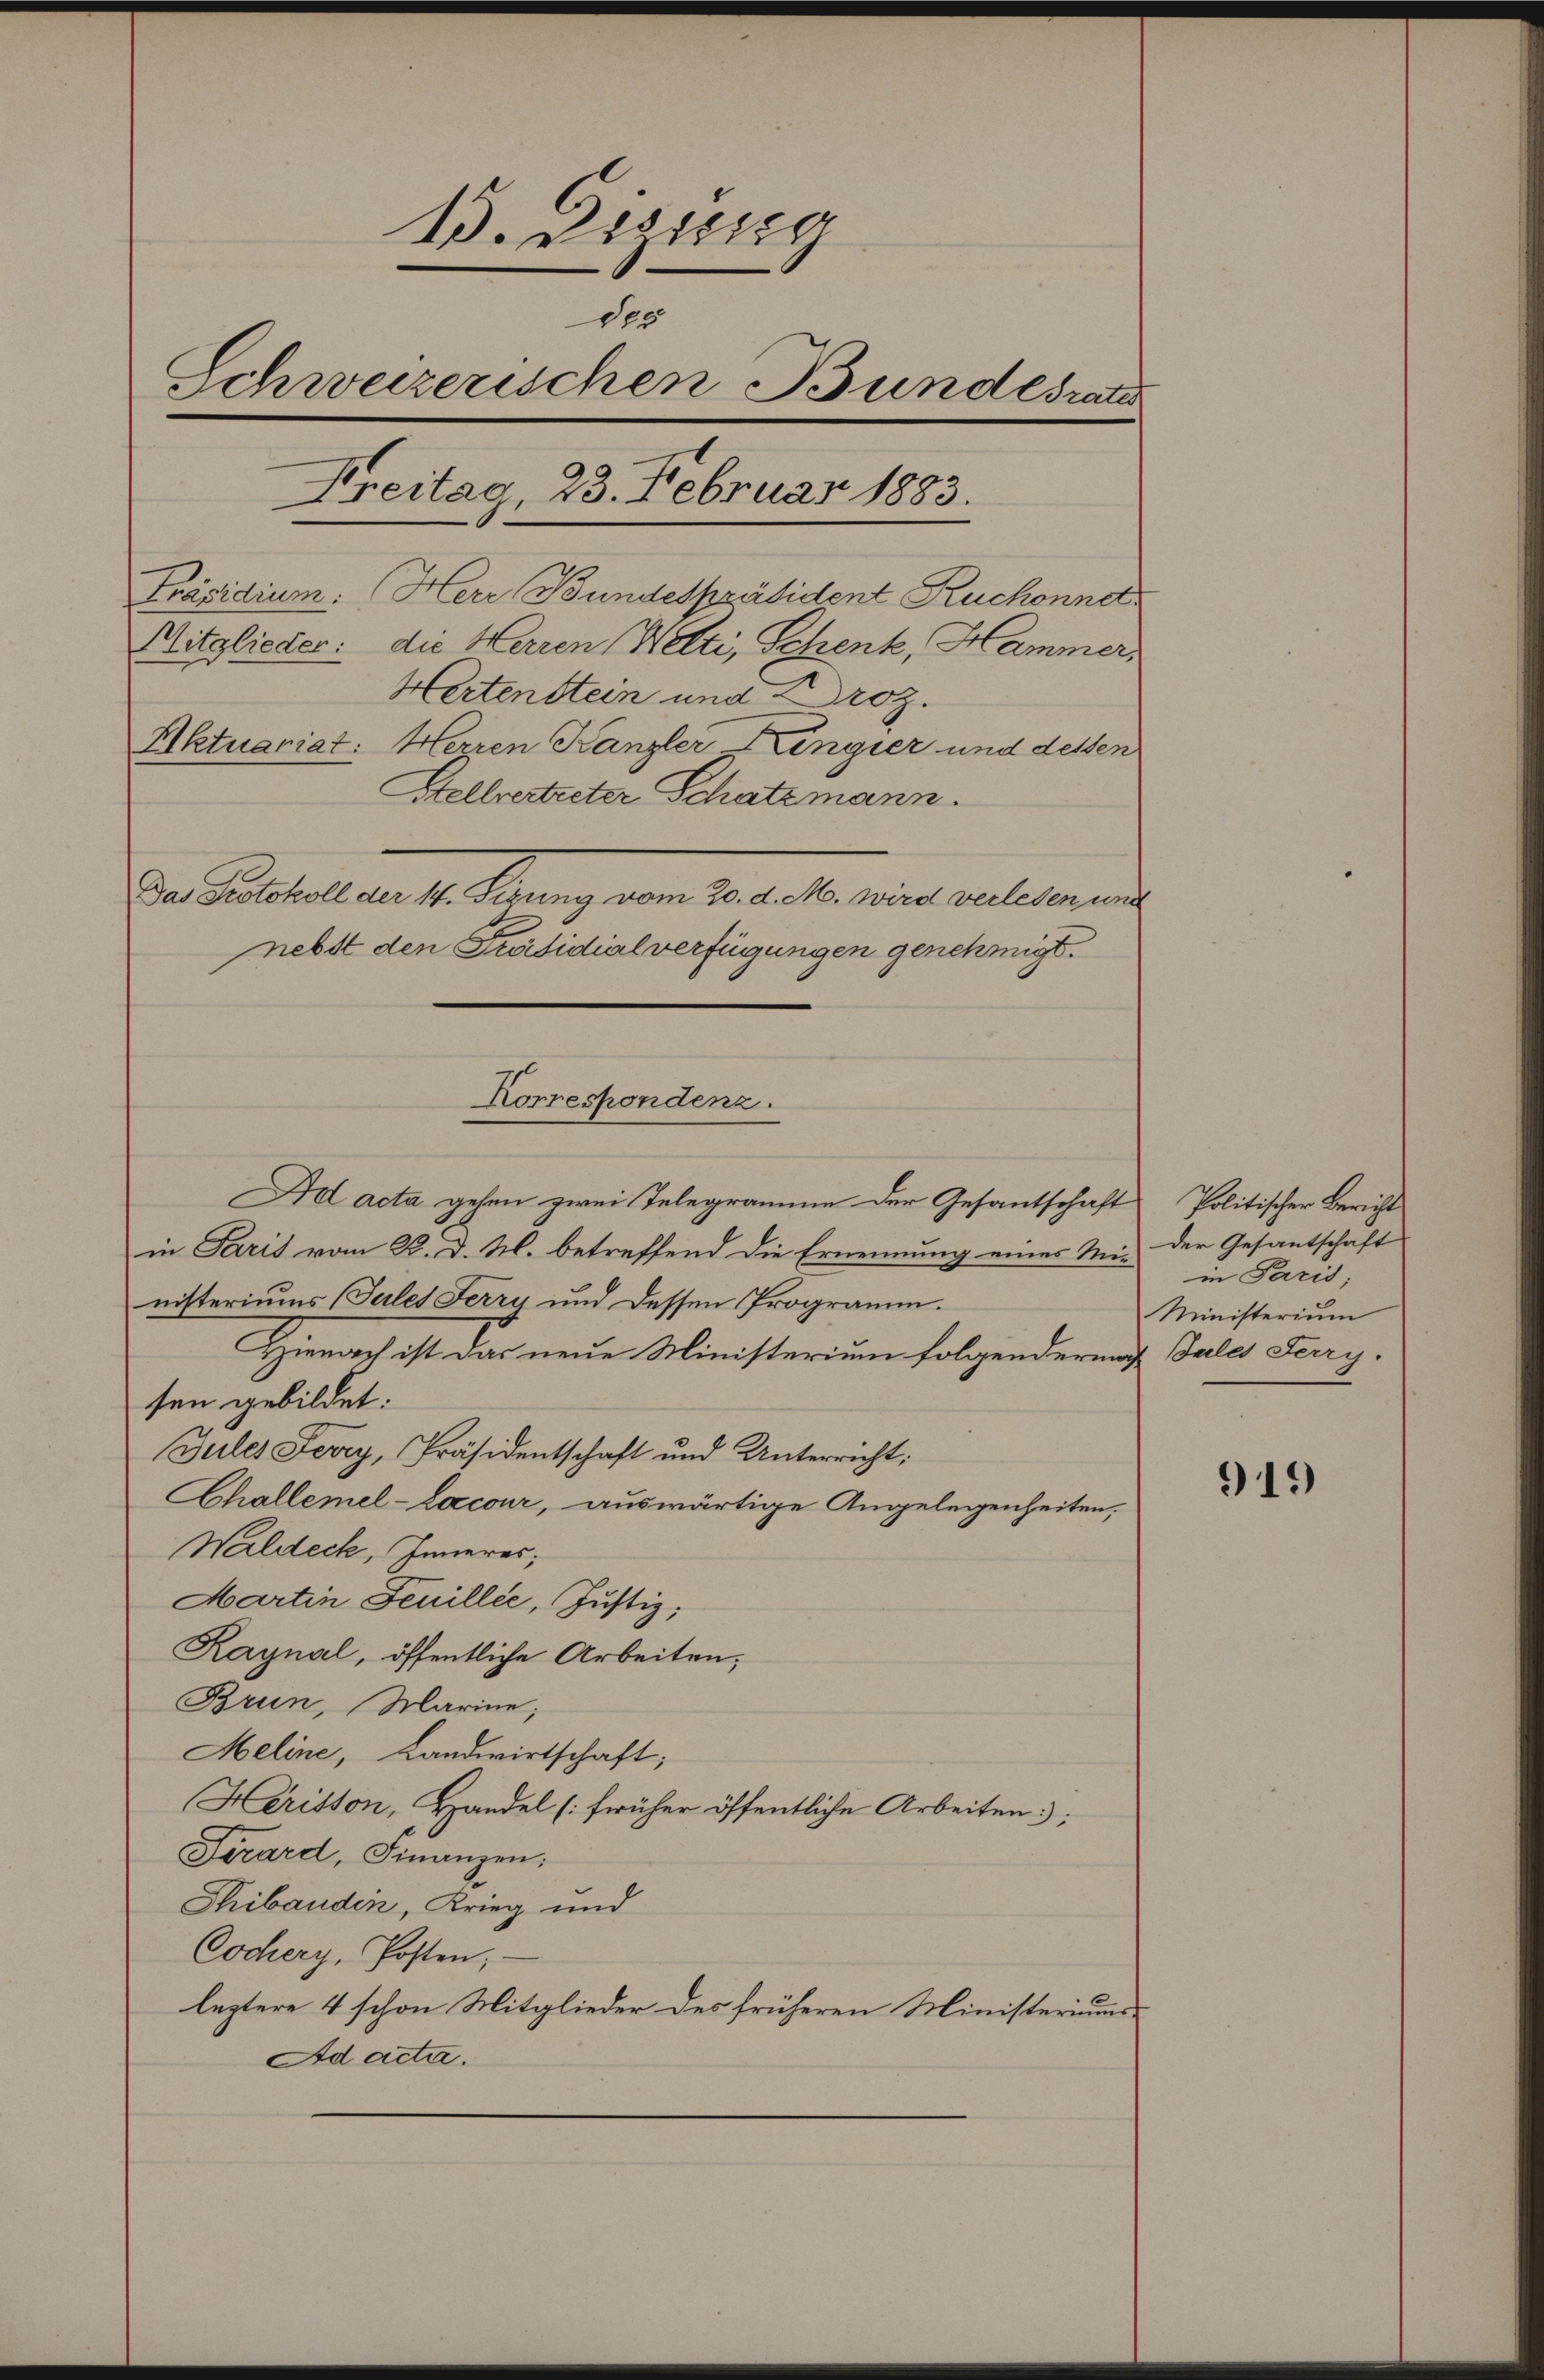
1. Zizssig
des
Schweizerischen Bundesrath
Treitag, 23. Februar 1883.
Präsidium: Herr Bundespräsident Ruchonnd
Mitglieder: die Herren Welti, Schenk, Hammer,
Hertenstein und Proz.
Aktuariat: Herren Kanzler Lingier und dessen
Stellvertreter Schatzmann.
de Festseinen 1. Krung von der alten, eine verlesen na
nebst den Präsidialverfügungen genehmigt.

Korrespondenz.

Ad acta gehen zwei Telegramme der Gesantschaft
in Paris vom 22. d. M. betreffend die Ernennung eines Mit der Gesantschaft
nisteriums (Tules Ferry und dessen Programm.
Hienach ist das neue Ministerium folgendermach Tales Ferry.
sen gebildet:
Gules Ferry, Präsidentschaft und Unterricht:
Challemel-Lacour, auswärtige Angelegenheiten,
Waldeck, Inneres,
Martin Feuillée, Justiz;
Kaynal, öffentliche Arbeiten,
Brun, Marine,
Meline, Landwirtschaft;
Herisson, Handel (früher öffentliche Arbeiten;
Firard, Finanzen.
SThibaudin, Krieg und
Cochery, Posten;
leztere 4 schon Mitglieder des früheren Ministeriums
Ad acta.

Politischer Bericht
in Paris,
Ministerium

919